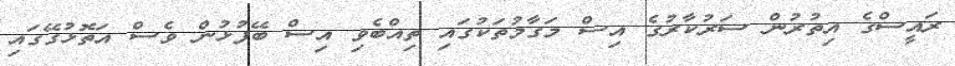
ރައީސްގެ އިތުރުން ސަރުކާރުގެ އިސް މަގާމުތަކުގައި ތިއްބެވި އިސް ބޭފުޅުން ވެސް އަތޮޅުގޭގައި